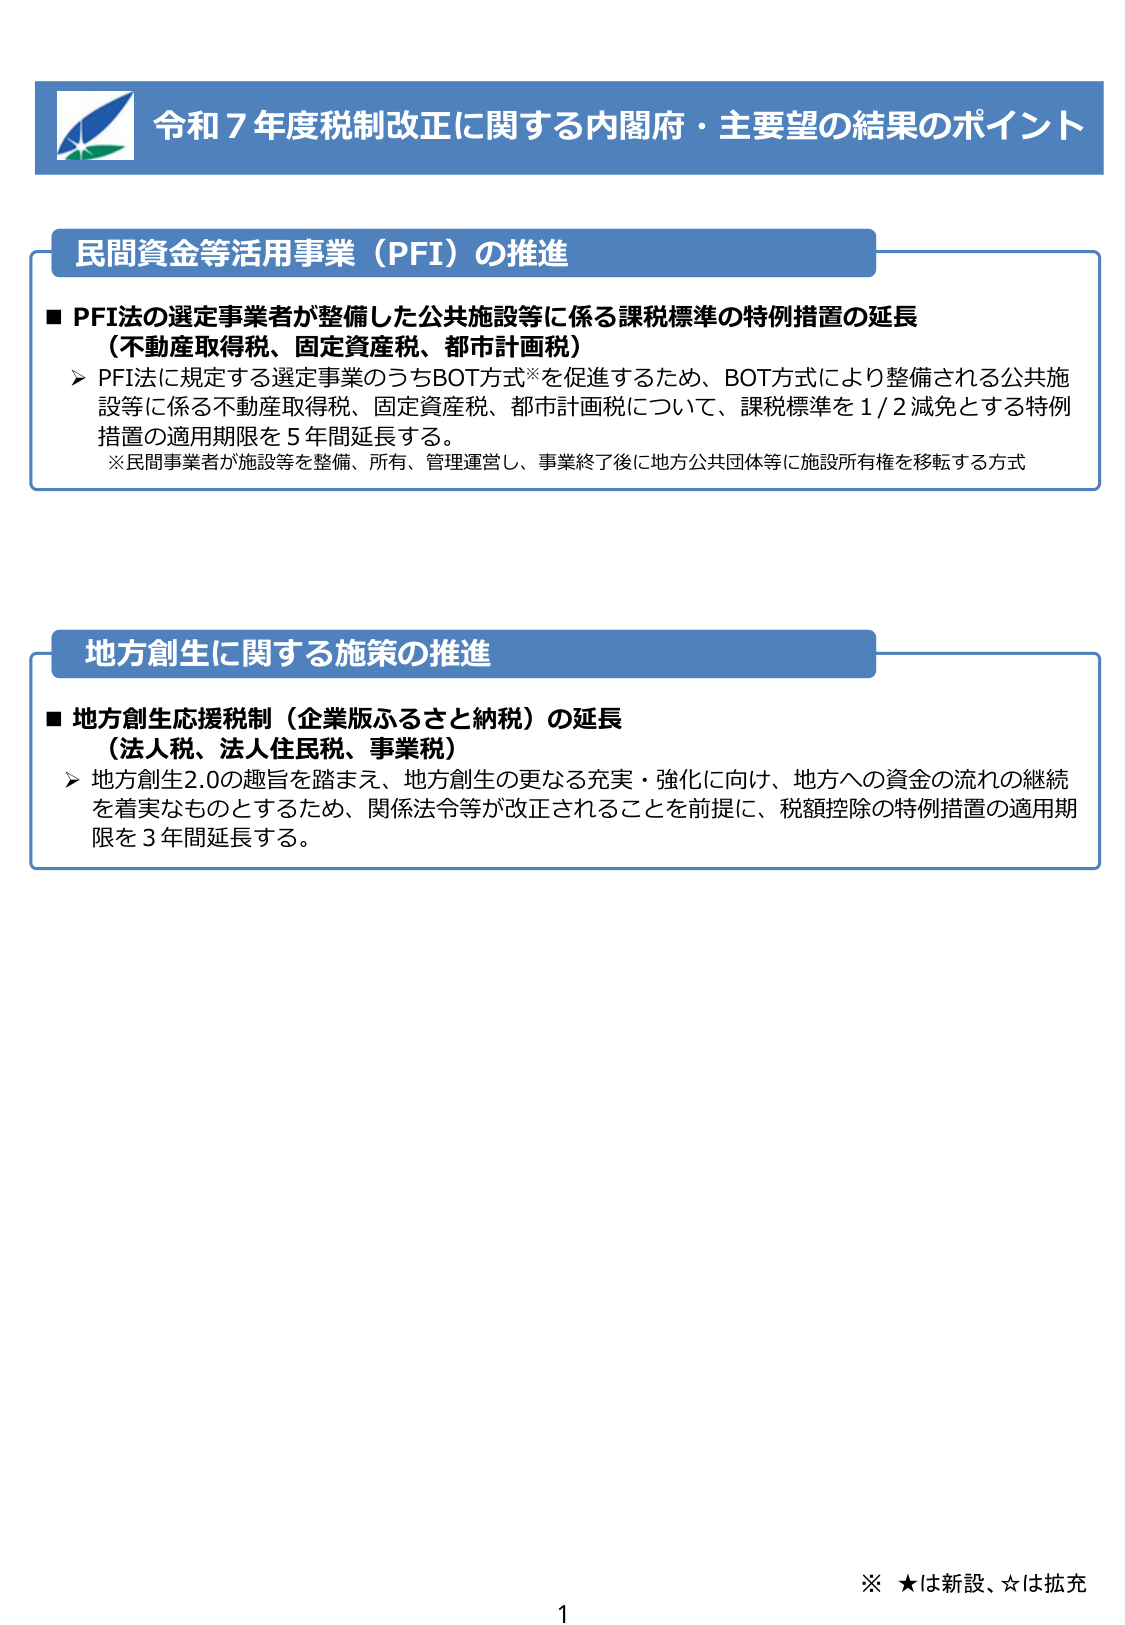
令和７年度税制改正に関する内閣府・主要望の結果のポイント

民間資金等活用事業（PFI）の推進

■ PFI法の選定事業者が整備した公共施設等に係る課税標準の特例措置の延長
（不動産取得税、固定資産税、都市計画税）
➤ PFI法に規定する選定事業のうちBOT方式※を促進するため、BOT方式により整備される公共施設等に係る不動産取得税、固定資産税、都市計画税について、課税標準を1/2減免とする特例措置の適用期限を5年間延長する。
※民間事業者が施設等を整備、所有、管理運営し、事業終了後に地方公共団体等に施設所有権を移転する方式

地方創生に関する施策の推進

■ 地方創生応援税制（企業版ふるさと納税）の延長
（法人税、法人住民税、事業税）
➤ 地方創生2.0の趣旨を踏まえ、地方創生の更なる充実・強化に向け、地方への資金の流れの継続を着実なものとするため、関係法令等が改正されることを前提に、税額控除の特例措置の適用期限を3年間延長する。

※ ★は新設、☆は拡充

1